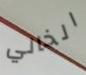
الخالي